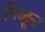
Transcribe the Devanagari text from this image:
निळून